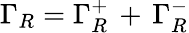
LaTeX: \Gamma_{R}=\Gamma_{R}^{+}\, +\, \Gamma_{R}^{-}